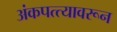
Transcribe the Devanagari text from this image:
अंकपत्त्यावरून